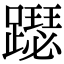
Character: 𨆙